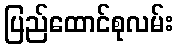
ပြည်ထောင်စုလမ်း